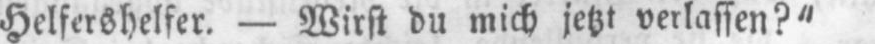
Helfershelfer. - Wirst du mich jetzt verlassen?“